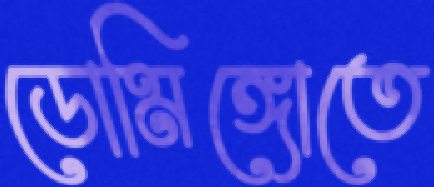
ডোমিঙ্গোতে